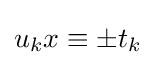
u_{k}x\equiv \pm t_{k}